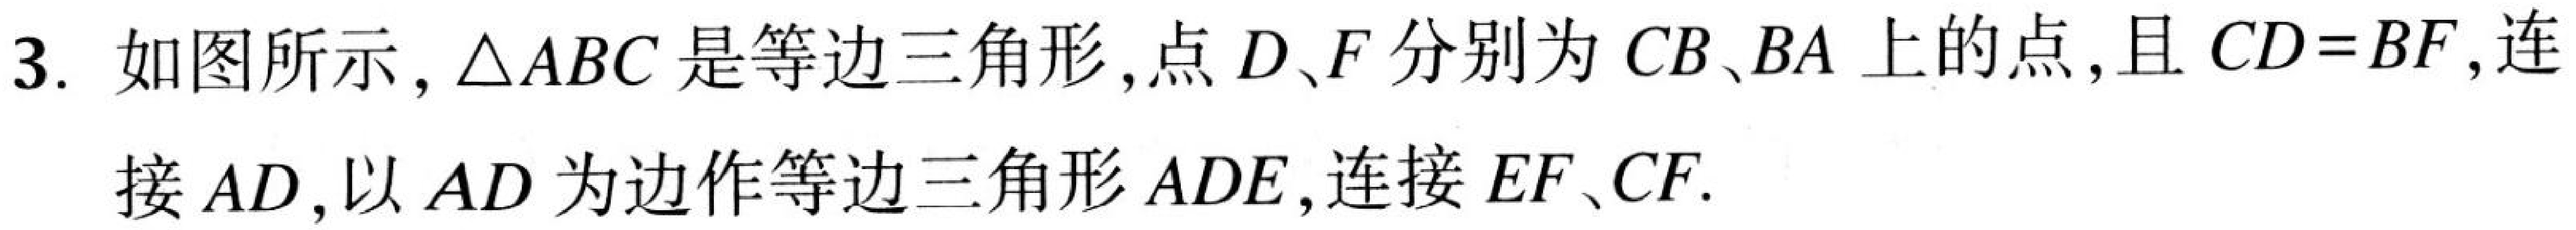
3. 如图所示，\(\triangle ABC\)是等边三角形，点\(D、F\)分别为\(CB、BA\)上的点，且\(CD = BF\)，连
接\(AD\)，以\(AD\)为边作等边三角形\(ADE\)，连接\(EF、CF\).